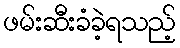
ဖမ်းဆီးခံခဲ့ရသည့်